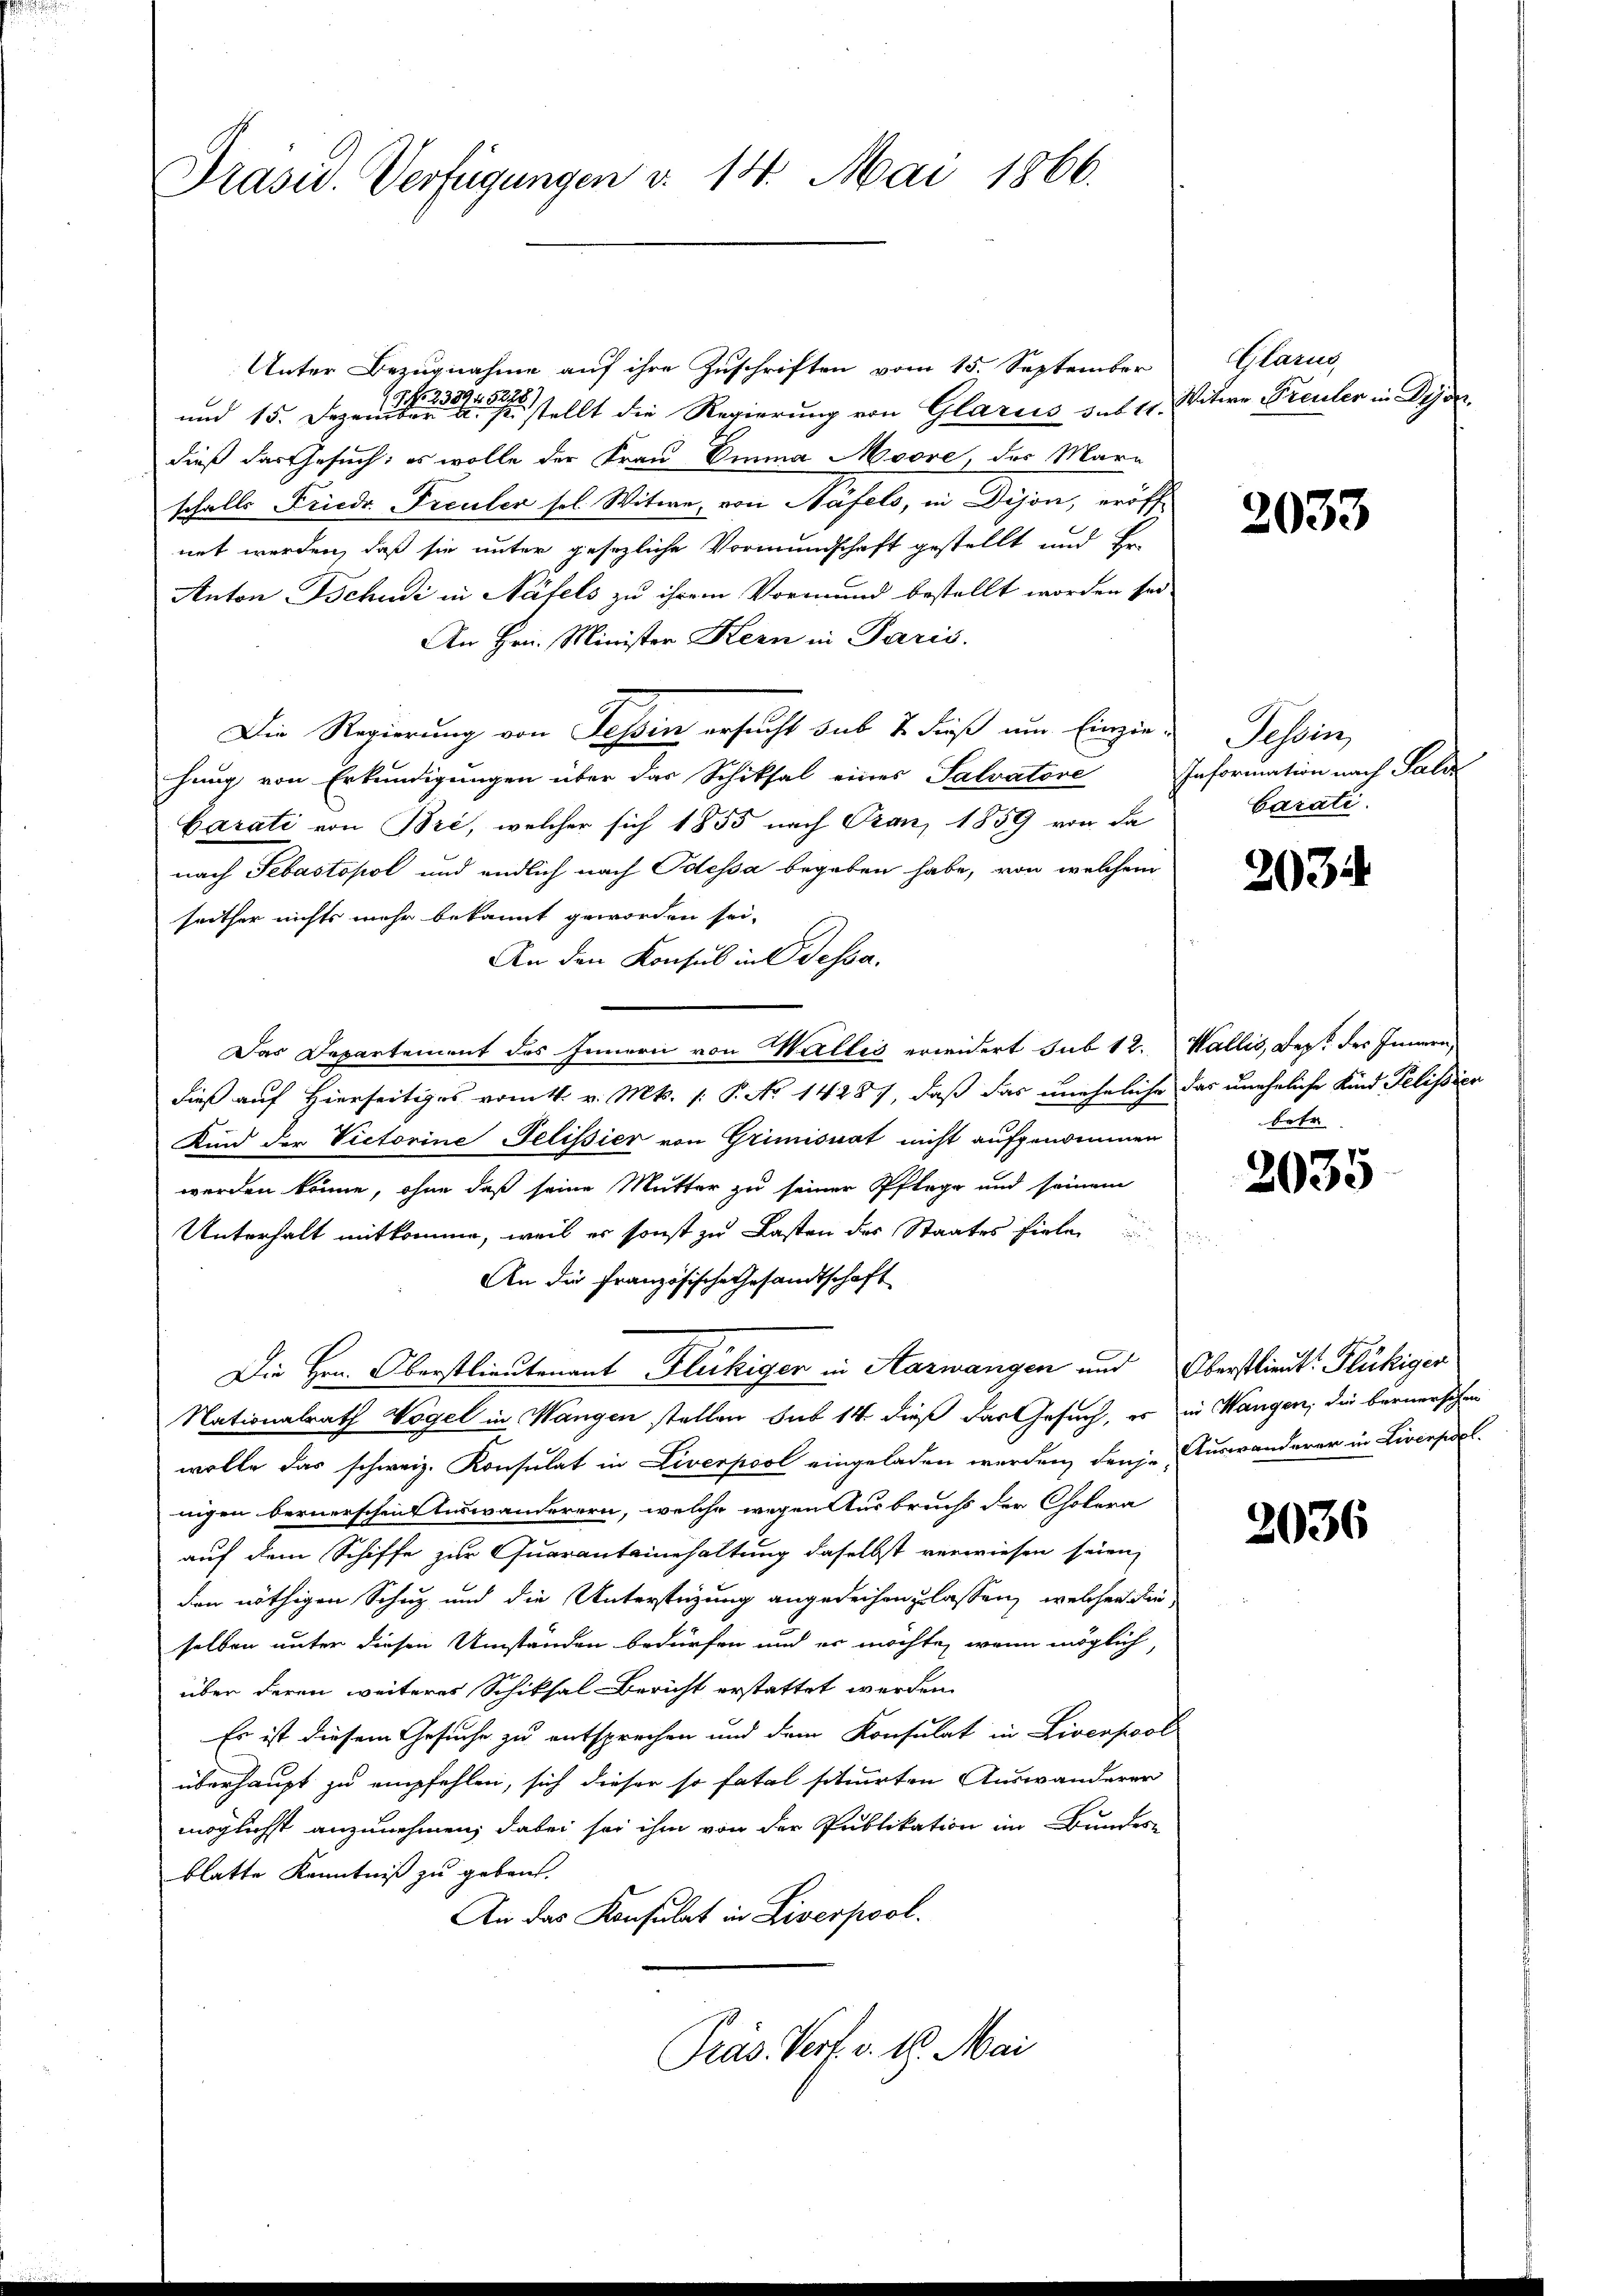
Präsid. Verfügungen v. 14. Mai 1866.

Unter Bezugnahme auf ihre Zuschriften vom 15. September
und 15. Dez.                      stellt die Regierung von Glarus des 11. Mitere Freuler in Dire
dieß das Gesuch: es wolle der Frau Emma Moore, des Mari
schalls Friede Freuler sel. Witwe, von Näfels, in Dijon, eröff-
net werden, daß sie unter gesezliche Vormundschaft gestellt und Er-
Anton Schudi in Näfels zu ihrem Vormund bestellt worden sei
An Hrn. Minister Kern in Paris.
Die Regierung von Tessin ersucht sub 2. dieß um Einzie-
hung von Erkundigungen über das Schiksal eines Salvatore
Carati von Bri, welcher sich 1855 nach Oran, 1859 von da
nach Sebastopol und endlich nach Odessa begeben habe, von welchem
seither nichts mehr bekannt geworden sei.
An den Konsul in Bessa.
Das Departement des Innern von Wallis erwidert sub 12. Wallis, Dec. des Innern,
dieß auf Hierseitiges vom 1. v. Mts. /: P. No 14287, daß das uneheliche das uneheliche Kind Pelistica
Kind der Victorine Pelissier von Grimisuat nicht aufgenommen
werden könne, ohne daß seine Mutter zu seiner Pflege und seinem
Unterhalt mitkomme, weil er sonst zu Lasten des Staates fielen
An die Französische Gesandtschaft
Die Hrn. Oberstlieutenant Fleckiger in Aarwangen und Oberstlieut. Flückiger
Nationalrath Vögel in Wangen stellen sub 14 dieß das Gesuch, er in Wangen, die bernerschen
wolle das schweiz. Konsulat in Liverpool eingeladen werden, denje Auswanderer in Liversel
nigen bernerschen Auswanderern, welche wegen Ausbruchs der Cholera
auf dem Schiffe zur Quaranteinhaltung daselbst verwiesen seien,
den nöthigen Schuz und die Unterstüzung angedeihen zu lassen, welchen dieselben unter diesen Umständen bedürfen und es möchte, wenn möglich,
über deren weiteres Schiksal Bericht erstattet werden.
Es ist diesem Gesuche zu entsprechen und dem Konsulat in Liverpool
überhaupt zu empfehlen, sich dieser so fatal situirten Auswanderer
möglichst anzunehmen, dabei sei ihm von der Publikation im Bundes-
blatte Kenntniß zu geben.
An das Konsulat in Liverpool.
Präs. Verf. v. 18. Mai

Glarne

2033

Tessin
Information nach Pald
barati

2034

betr.

2035

2036